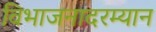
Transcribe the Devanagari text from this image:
विभाजनादरम्यान